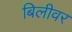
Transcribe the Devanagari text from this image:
बिलीवर